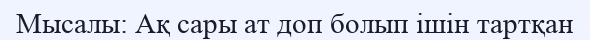
Мысалы: Ақ сары ат доп болып ішін тартқан